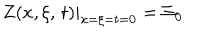
LaTeX: \left. Z ( x , \xi , \, t ) \right| _ { x = \xi = t = 0 } = \Xi _ { 0 }